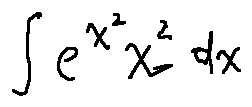
\int e ^ { x ^ { 2 } } x ^ { 3 } d x